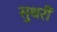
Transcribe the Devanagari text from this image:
सुधरीं